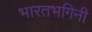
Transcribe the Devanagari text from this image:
भारतभगिनी